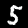
Digit: 5